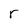
Character: r